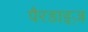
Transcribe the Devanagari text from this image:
पैरडाइज़